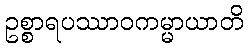
ဥစ္စာရပဿာဝကမ္မာယာတိ